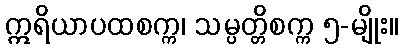
ဣရိယာပထစက္က၊ သမ္ပတ္တိစက္က ၅-မျိုး။